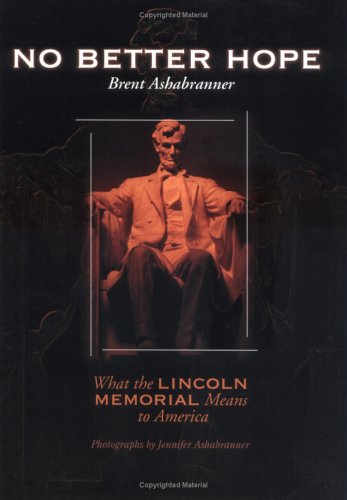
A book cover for No Better Hope:What The Lincol (Great American Memorials); Brent Ashabranner; Teen & Young Adult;